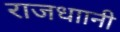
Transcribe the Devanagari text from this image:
राजधाानी